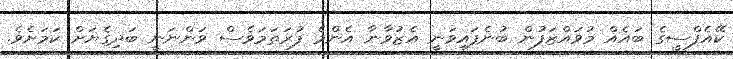
ކޭއެފްސީގެ ބައެއް މުވައްޒަފުން ބުނެފައިވަނީ އެޒުވާނާ އެންމެ ފުރަތަމަވެސް ވަންނަނީ ބަދިގެޔަށް ކަމަށެވެ.